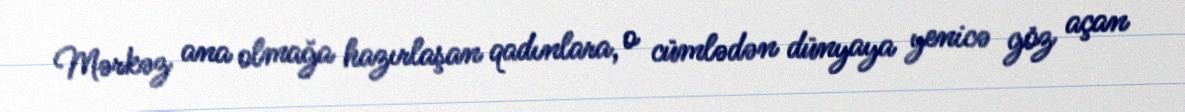
Mərkəz ana olmağa hazırlaşan qadınlara, o cümlədən dünyaya yenicə göz açan